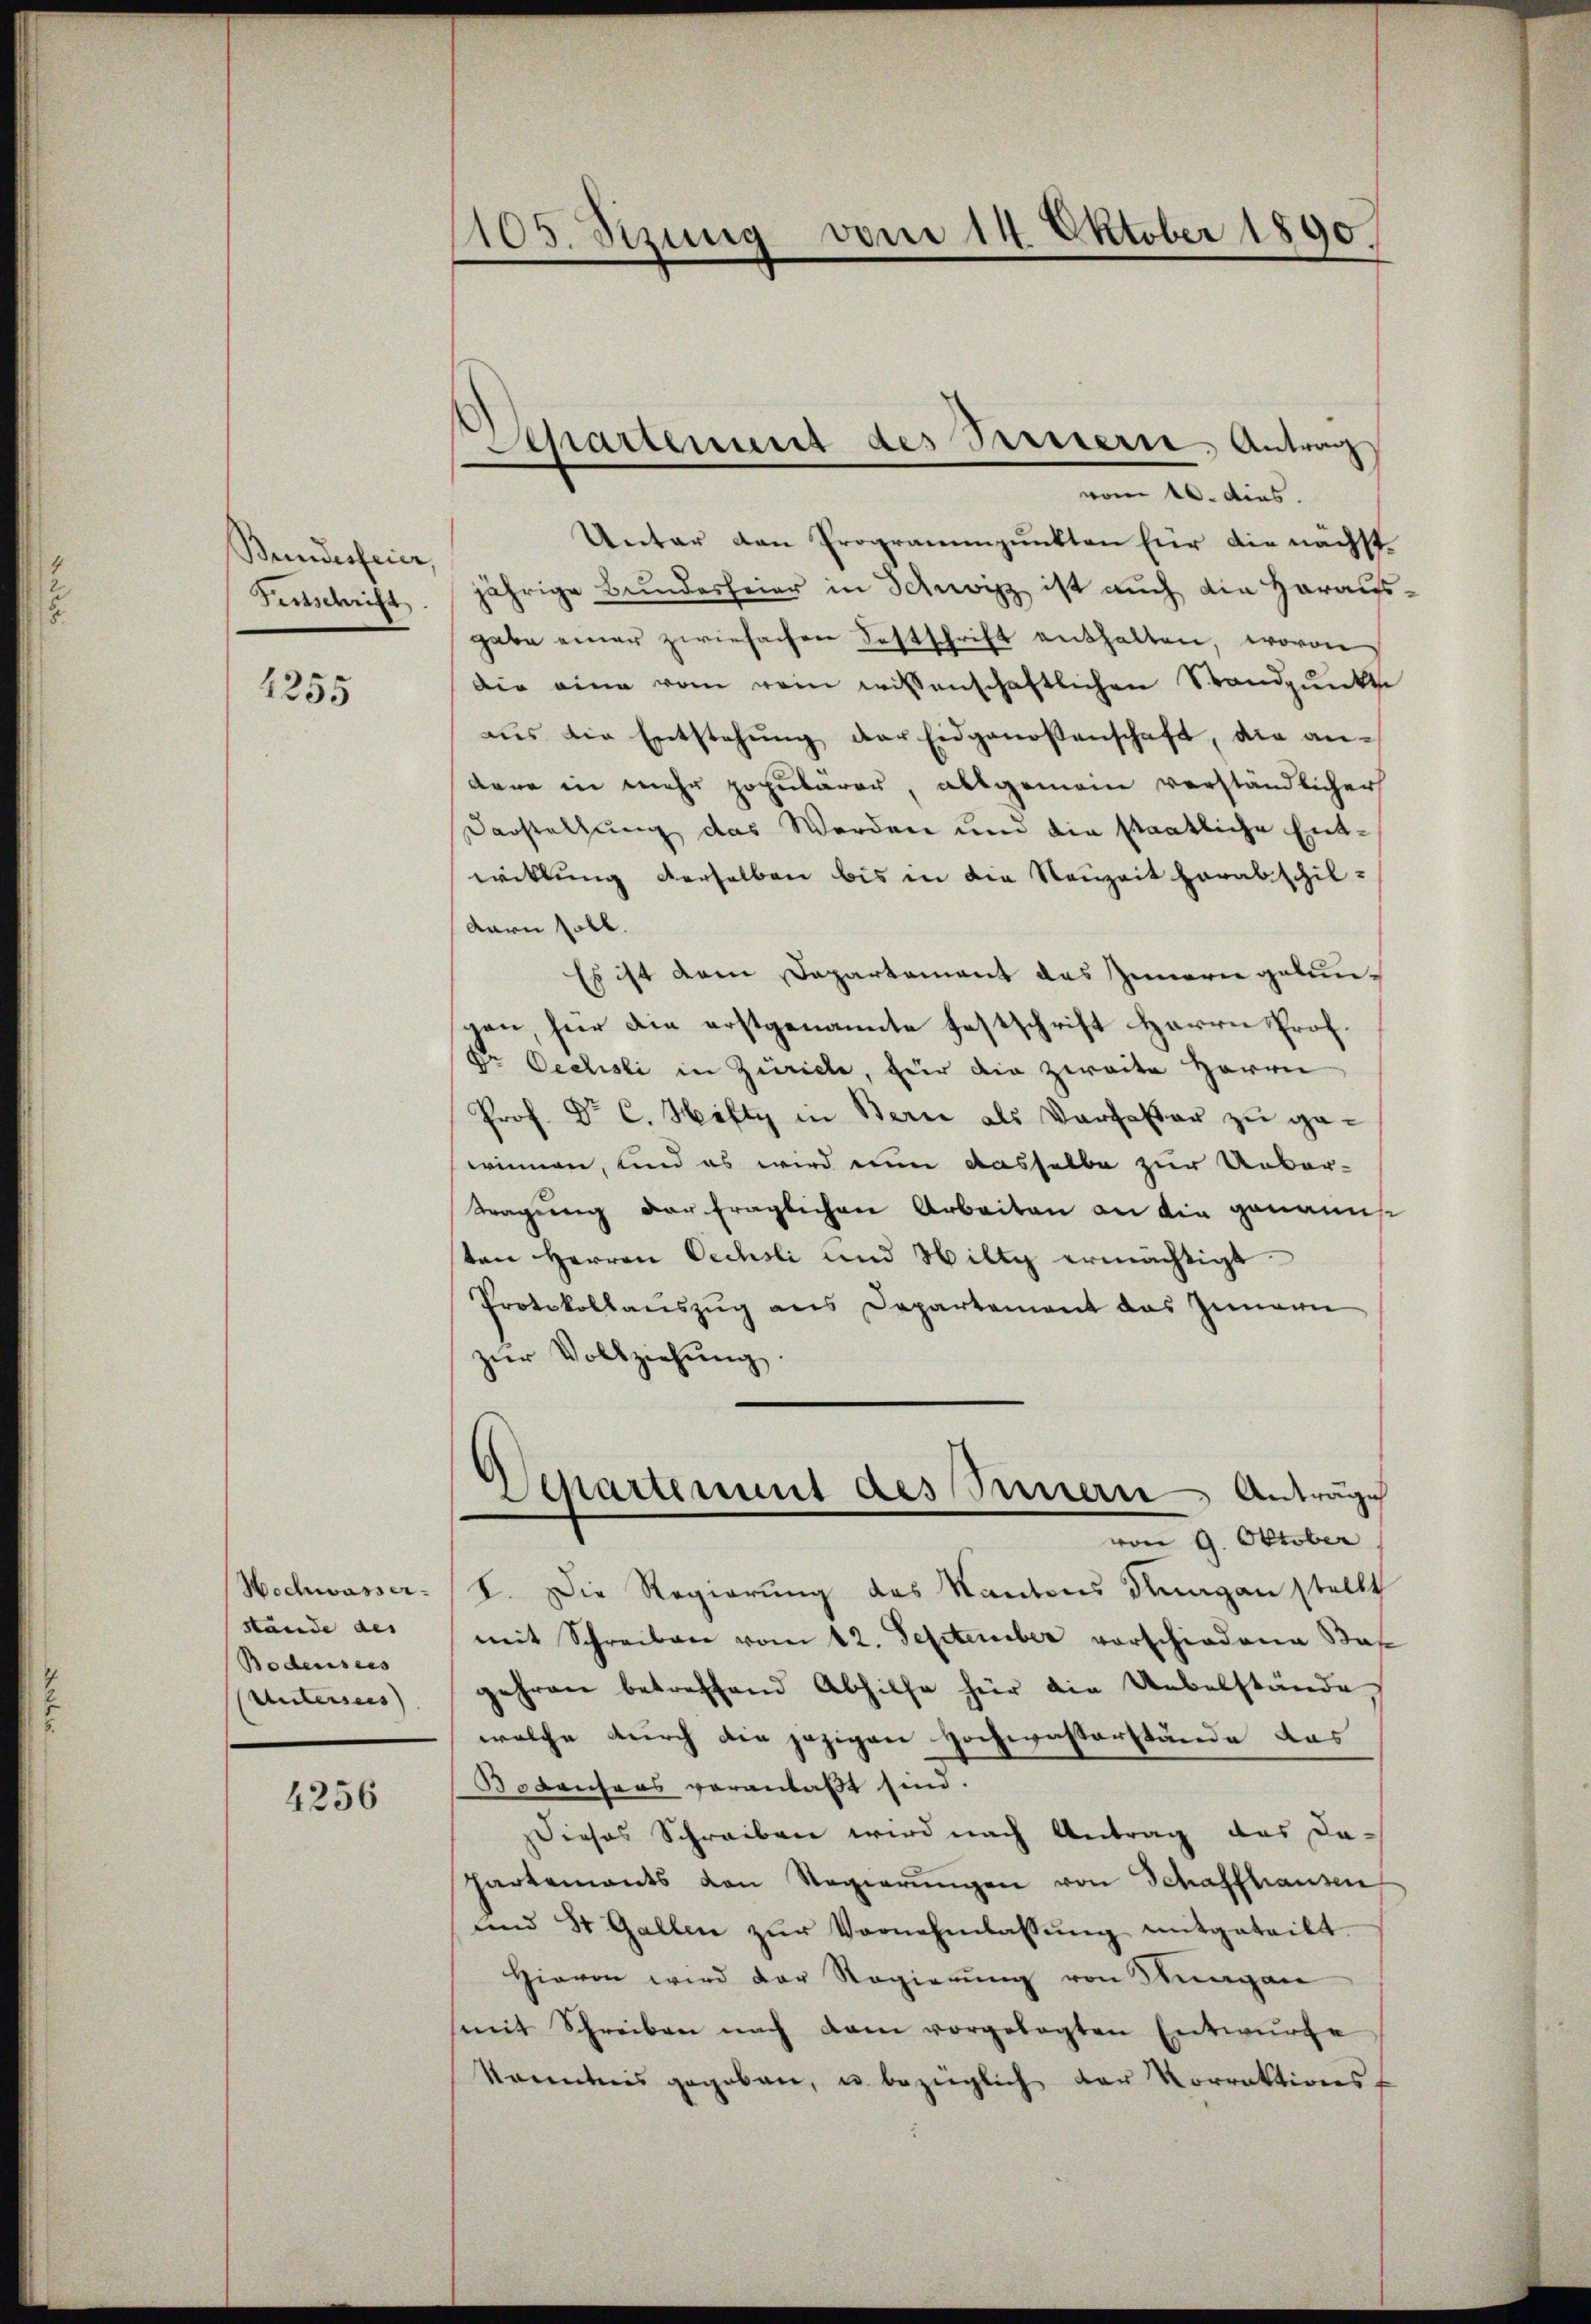
Bundesfeier,
Festschrift

1255

Hochwasser-
stande des
Bodensees
Untersers)

4256

1105. Sizung vom 14. Oktober 1890.

Departement des Parisern, Antrag
vom 16. dies

Unter den Programmpunkten für die nächst
jährige Bundesfeier in Schweiz ist auch die Herauss
gabe einer zwiefachen Festschrift enthalten, wovon
die eine vom rein wissenschaftlichen Standpunkte
aŭs die Entstehŭng der Eidgenossenschaft, die andere in mehr popularer, allgemein verständlicher
Darstellung das Werden um die staatliche Entwitlung derselben bis in die Neuzeit herabschildarn soll.
Es ist dem Departement des Innern gelungen, für die erstgenannte Festschrift Herrn Prof.
Dr Oechsli in Zürich, für die zweite Herrn
Prof. Dr. C. Hilty in Bern als Verfasser zu gewinnen, und es wird eine dasselbe zur Ueber¬
Tragung der fraglichen Arbeiten an die genannt
ten Herren Oechsli und Willy ermächtigt
Protokollanszŭg ans Departement das Innern
zŭr Vollziehŭng.
Vepartement des Sinnern Anträge
von 9. Oktober
I. Die Regierung des Kantons Stangen stellt
mit Schreiben vom 12. September vorschiedene Bas
gehren betreffend Abhilfe für die Uebelstände
welche durch die jezigen Hochwasserstände das
Bodensers veranlaßt sind.
Dieses Schreiben wird nach Antrag des da-
hartements den Regierŭngen von Schaffhausen
und St. Gallen zŭr Vornehmlassŭng mitgeteilt.
Hievon wird der Regierŭng von Stŭngen
(mit Schreiben nach dam vorgelegten Entwürfe
Kacentens gegeben, u. bezüglich der Korrektionsf